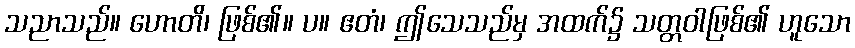
သညာသည်။ ဟောတိ၊ ဖြစ်၏။ ပ။ ဧတံ၊ ဤသေသည်မှ အထက်၌ သတ္တဝါဖြစ်၏ ဟူသော